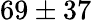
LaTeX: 69\pm 37